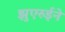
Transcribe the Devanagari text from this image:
झुएरुईने